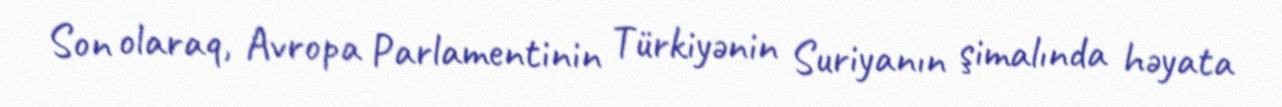
Son olaraq, Avropa Parlamentinin Türkiyənin Suriyanın şimalında həyata